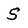
Character: S